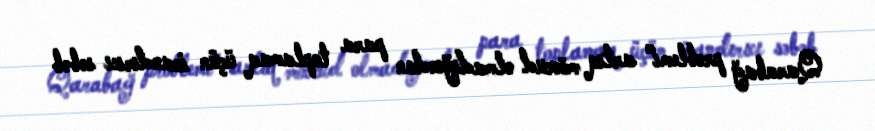
Qarabağ problemi" artıq mövcud olmadığından para toplamaq üçün inandırıcı səbəb